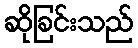
ဆိုခြင်းသည်